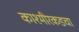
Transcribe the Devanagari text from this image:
काश्मीरकडचा